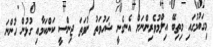
މިގައުމުގައި މިތިބޭ އިލްމުވެރިންނަށް އެނގެނީ ޝަހުވަތު ނުވަތަ ޖިންސީ ކަންކަމާއި ގުޅުން ހުންނަ